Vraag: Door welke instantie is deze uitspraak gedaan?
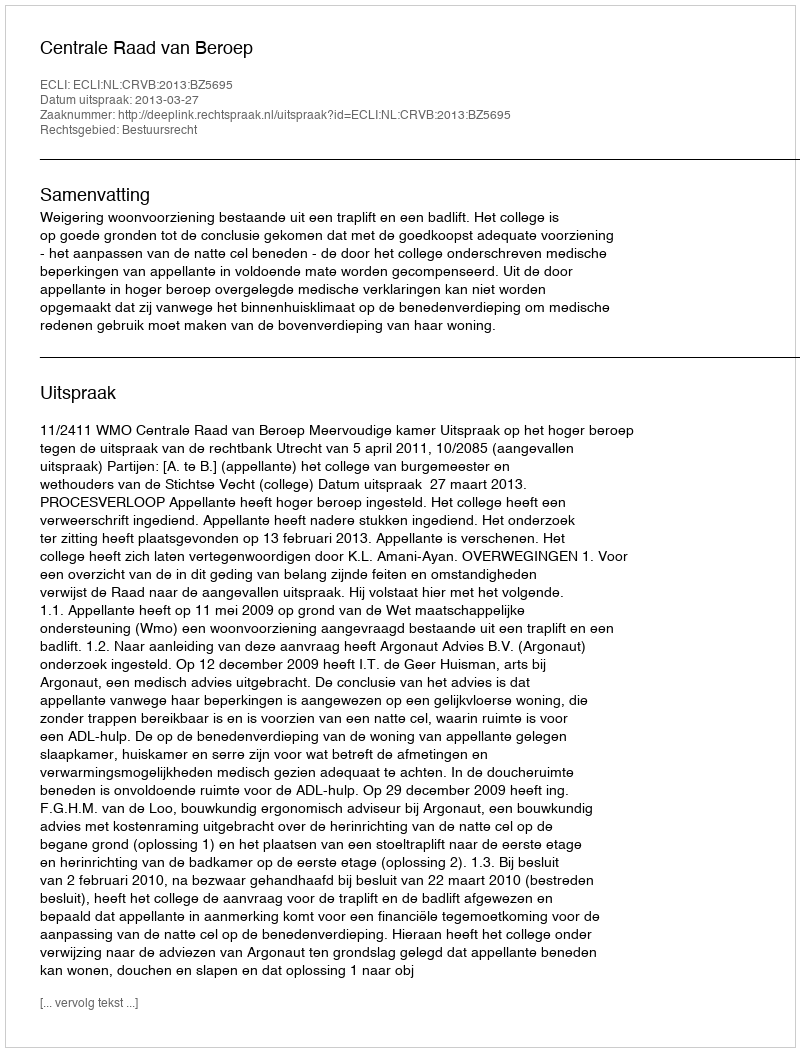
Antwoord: Centrale Raad van Beroep